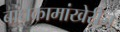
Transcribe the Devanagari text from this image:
बांधकामांखेरीज